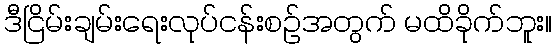
ဒီငြိမ်းချမ်းရေးလုပ်ငန်းစဉ်အတွက် မထိခိုက်ဘူး။